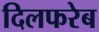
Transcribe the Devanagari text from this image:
दिलफरेब